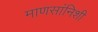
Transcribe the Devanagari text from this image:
माणसांनिशी